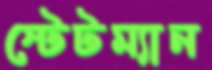
স্টেটম্যান